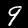
Label: 9